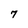
Character: 7